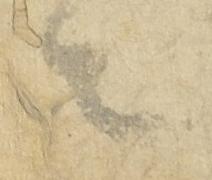
々